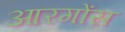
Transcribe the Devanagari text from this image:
आरगोंस